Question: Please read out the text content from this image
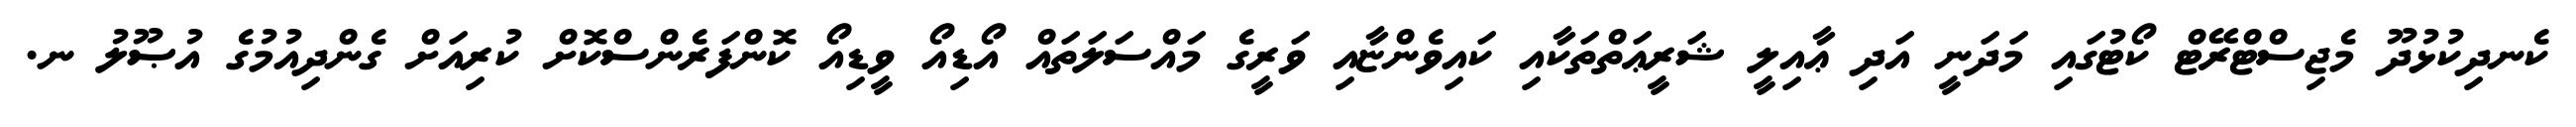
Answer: ކެނދިކުޅުދޫ މެޖިސްޓްރޭޓް ކޯޓުގައި މަދަނީ އަދި ޢާއިލީ ޝަރީޢަތްތަކާއި ކައިވެންޏާއި ވަރީގެ މައްސަލަތައް އޯޑިއޯ ވީޑިއޯ ކޮންފަރެންސްކޮށް ކުރިއަށް ގެންދިއުމުގެ އުޞޫލު ނ.